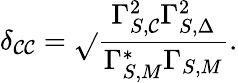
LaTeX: \delta_{\mathcal{C}\mathcal{C}}=\sqrt{}{{\frac{{\Gamma_{S,\mathcal{C}}^{2}\Gamma_{S,\Delta}^{2}}}{{\Gamma_{S,M}^{*}\Gamma_{S,M}}}}}.